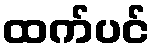
ထက်ပင်